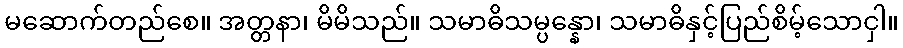
မဆောက်တည်စေ။ အတ္တနာ၊ မိမိသည်။ သမာဓိသမ္ပန္နော၊ သမာဓိနှင့်ပြည်စိမ့်သောငှါ။